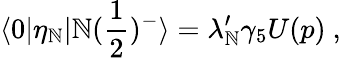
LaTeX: \langle0|\eta_{\mathbb{N}}|\mathbb{N}({\frac{{1}}{{2}}})^{-}\rangle=\lambda_{\mathbb{N}}^{\prime}\gamma_{5}U(p)\ ,